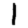
Digit: 1